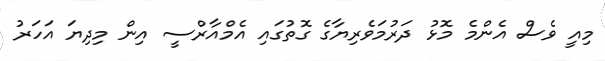
މިއީ ވެސް އެންމެ މޮޅު ދަރުމަވެރިޔާގެ ގޮތުގައި އެމްއާރްސީ އިން މިދިޔަ އަހަރު